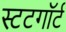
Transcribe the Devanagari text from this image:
स्टटगॉर्ट